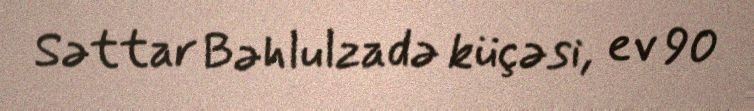
Səttar Bəhlulzadə küçəsi, ev 90